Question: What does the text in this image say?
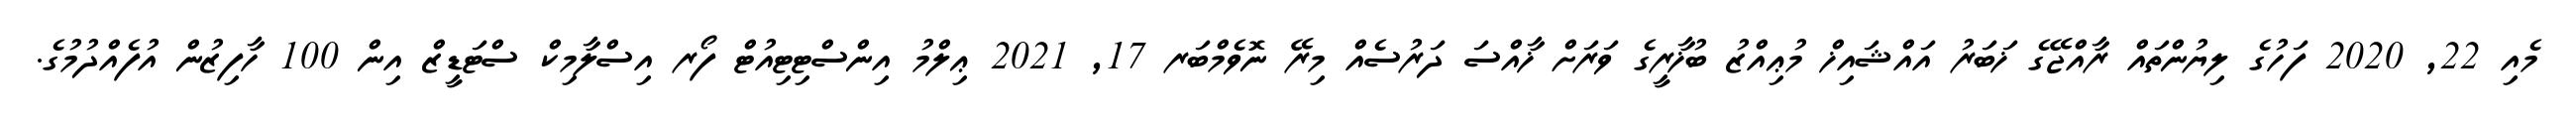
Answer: މެއި 22, 2020 ފަހުގެ ލިޔުންތައް ރާއްޖޭގެ ޚަބަރު އައްޝައިޚް މުޢިއްޒު ބުޚާރީގެ ވަރަށް ޚާއްސަ ދަރުސެއް މިރޭ ނޮވެމްބަރ 17, 2021 ޢިލްމު އިންސްޓިޓިއުޓް ފޯރ އިސްލާމިކް ސްޓަޑީޒް އިން 100 ހާފިޒުން އުފެއްދުމުގެ.